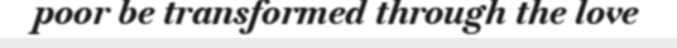
poor be transformed through the love